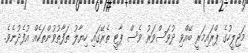
މަޖިލީހުގެ ޕްރައިމަރީ ބޭއްވި ދުވަސްވަރު ވެސް ޕާޓީ ތެރޭގައި ހިޔާލު ތަފާތުވުންތަކެއް އުފެދުނެވެ.